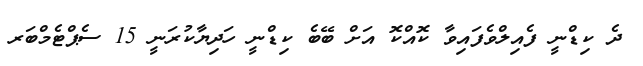
ދެ ކިޑްނީ ފެއިލްވެފައިވާ ކޮއްކޮ އަށް ބޭބެ ކިޑްނީ ހަދިޔާކުރަނީ 15 ސެޕްޓެމްބަރ